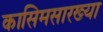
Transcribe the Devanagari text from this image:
कासिमसारख्या